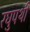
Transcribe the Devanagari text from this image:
रघुपथी